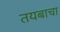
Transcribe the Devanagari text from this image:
तयबाचा